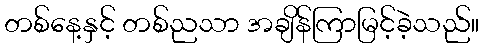
တစ်နေ့နှင့် တစ်ညသာ အချိန်ကြာမြင့်ခဲ့သည်။